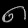
Digit: ၈